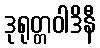
ဒုရုတ္တဝါဒိနီ